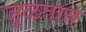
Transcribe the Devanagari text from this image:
जूळतात